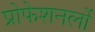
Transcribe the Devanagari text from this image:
प्रोफेशनलों